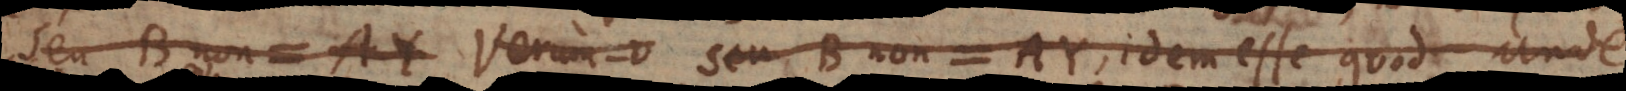
seu B non = AY Verum v seu B non = AY, idem esse quod unde